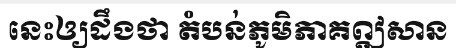
នេះឲ្យដឹងថា តំបន់ភូមិភាគឦសាន